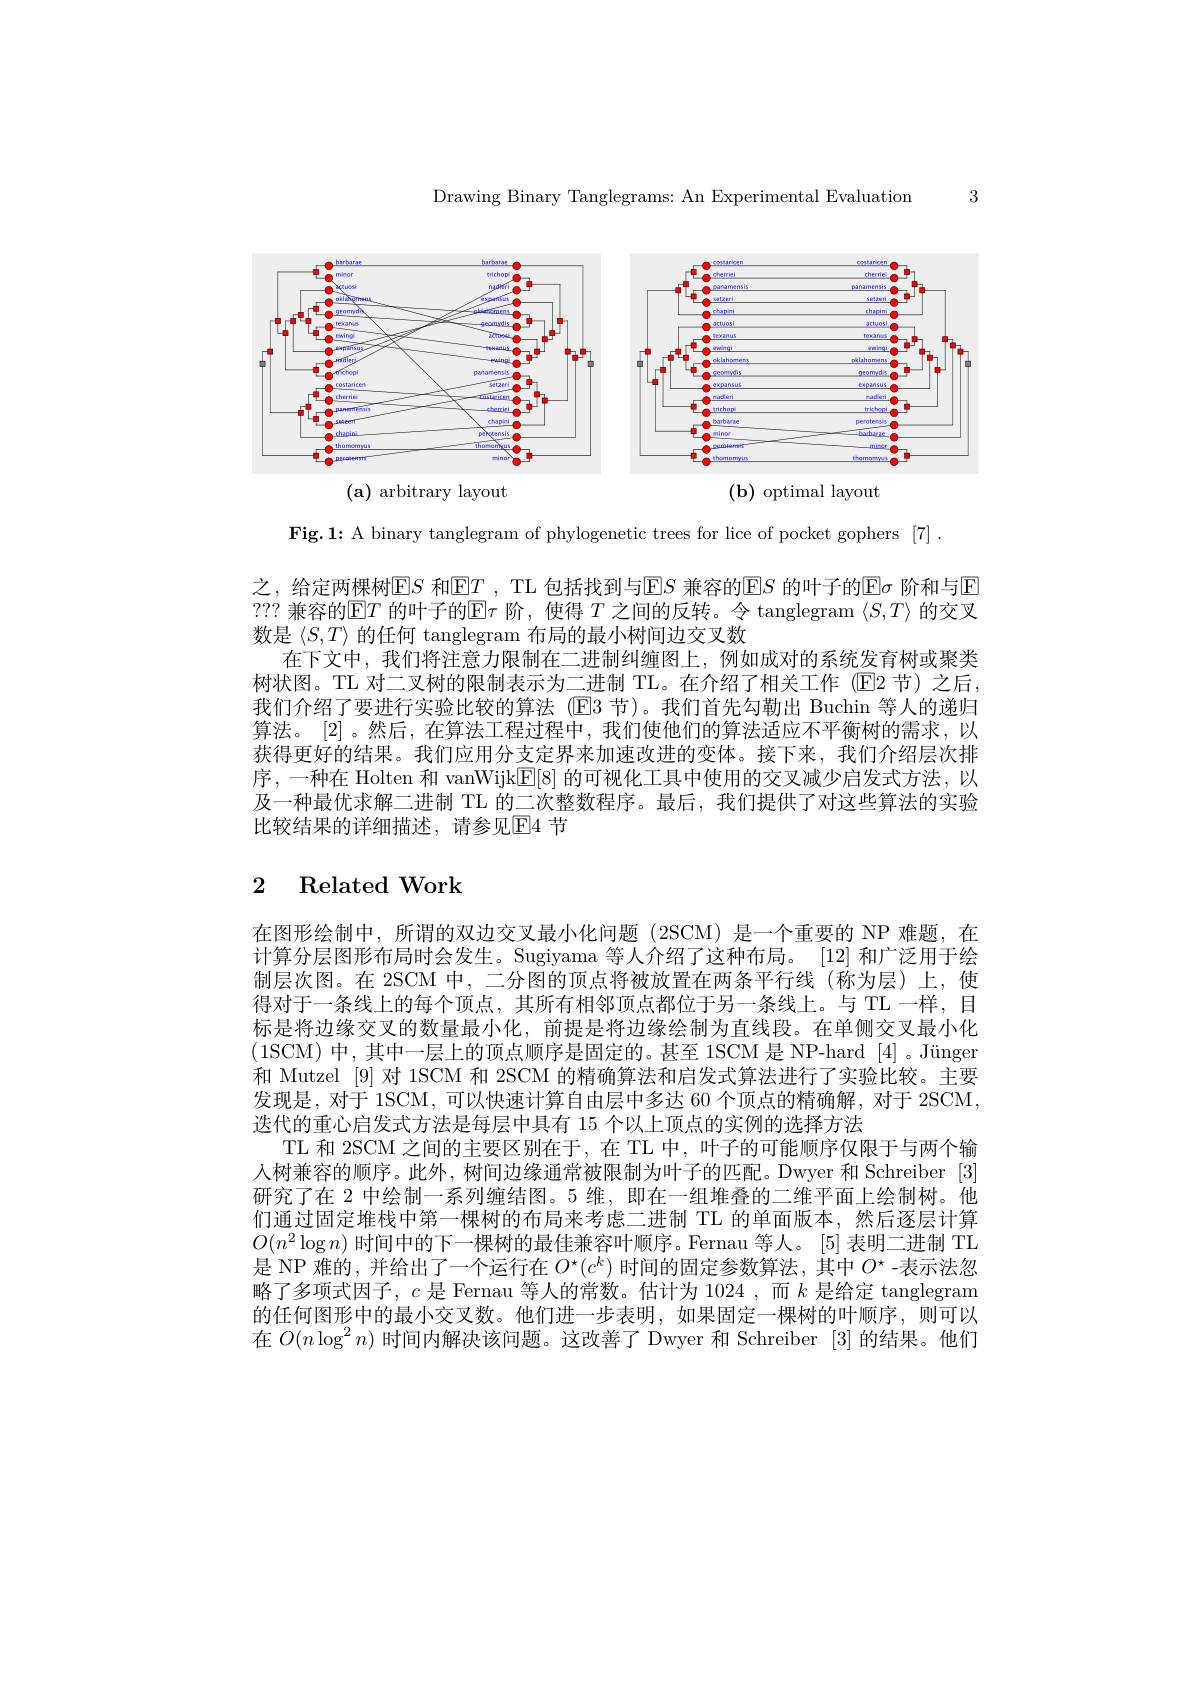
Drawing Binary Tanglegrams: An Experimental Evaluation

3

<FigureHere>
$(\mathbf{a})$ arbitrary layout
$(\mathbf{b})$ optimal layout

$\mathbf{Fig.1:A~binary~tanglegram~of~phylogenetic~trees~for~lice~of~pocket~gophers~[7]~.}$

之，给定两棵树$\operatorname{ES}$ 和$\operatorname{ET}$ , TL 包括找到与$\operatorname{ES}$ 兼容的$\operatorname{ES}$ 的叶子的$\operatorname{E\sigma}$ 阶和与$\operatorname{E}$ ???兼容的$\boxed{\mathrm{E}}T$的叶子的$\boxed{\mathrm{E}}\tau$阶，使得$T$之间的反转。令 tanglegram $\langle S,T\rangle$的交叉数是$\langle S,T\rangle$的任何 tanglegram 布局的最小树间边交叉数
在下文中，我们将注意力限制在二进制纠缠图上，例如成对的系统发育树或聚类树状图。TL 对二叉树的限制表示为二进制 TL。在介绍了相关工作 (E2 节) 之后， 我们介绍了要进行实验比较的算法(E3 节)。我们首先勾勒出 Buchin 等人的递归算法。[2]。然后，在算法工程过程中，我们使他们的算法适应不平衡树的需求，以获得更好的结果。我们应用分支定界来加速改进的变体。接下来，我们介绍层次排序，一种在 Holten 和 vanWijkE[8] 的可视化工具中使用的交叉减少启发式方法，以及一种最优求解二进制 TL 的二次整数程序。最后，我们提供了对这些算法的实验比较结果的详细描述，请参见$\mathbb{E}$4 节

# 2 Related Work

在图形绘制中，所谓的双边交叉最小化问题(2SCM)是一个重要的 NP 难题，在计算分层图形布局时会发生。Sugiyama 等人介绍了这种布局。[12]和广泛用于绘制层次图。在 2SCM 中，二分图的顶点将被放置在两条平行线 (称为层)上，使得对于一条线上的每个顶点，其所有相邻顶点都位于另一条线上。与 TL 一样，目标是将边缘交叉的数量最小化，前提是将边缘绘制为直线段。在单侧交叉最小化(1SCM)中，其中一层上的顶点顺序是固定的。甚至 1SCM 是 NP-hard [4] 。Jünger 和 Mutzel [9] 对 1SCM 和 2SCM 的精确算法和启发式算法进行了实验比较。主要发现是，对于 1SCM, 可以快速计算自由层中多达 60 个顶点的精确解，对于 2SCM 迭代的重心启发式方法是每层中具有 15 个以上顶点的实例的选择方法
TL 和 2SCM 之间的主要区别在于，在 TL 中，叶子的可能顺序仅限于与两个输人树兼容的顺序。此外，树间边缘通常被限制为叶子的匹配。Dwyer 和 Schreiber [3] 研究了在 2 中绘制一系列缠结图。5 维，即在一组堆叠的二维平面上绘制树。他们通过固定堆栈中第一棵树的布局来考虑二进制 TL 的单面版本，然后逐层计算$O(n^2\log n)$时间中的下一棵树的最佳兼容叶顺序。Fernau 等人。[5] 表明二进制 TL 是 NP 难的，并给出了一个运行在$O^\star(c^k)$时间的固定参数算法，其中$O^\star$ -表示法忽略了多项式因子，$c$是 Fernau 等人的常数。估计为 1024 ,而$k$是给定 tanglegram 的任何图形中的最小交叉数。他们进一步表明，如果固定一棵树的叶顺序，则可以在$O(n\log^2n)$时间内解决该问题。这改善了 Dwyer 和 Schreiber [3]的结果。他们